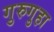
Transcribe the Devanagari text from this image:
गुरुगुहा